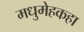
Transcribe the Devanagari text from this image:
मधुमेहकहा